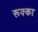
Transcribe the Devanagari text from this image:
रूक्का